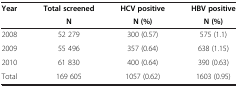
<table><thead><tr><td><b>Year</b></td><td><b>Total screened</b></td><td><b>HCV positive</b></td><td><b>HBV positive</b></td></tr><tr><td><b> </b></td><td><b>N</b></td><td><b>N (%)</b></td><td><b>N (%)</b></td></tr></thead><tbody><tr><td>2008</td><td>52 279</td><td>300 (0.57)</td><td>575 (1.1)</td></tr><tr><td>2009</td><td>55 496</td><td>357 (0.64)</td><td>638 (1.15)</td></tr><tr><td>2010</td><td>61 830</td><td>400 (0.64)</td><td>390 (0.63)</td></tr><tr><td>Total</td><td>169 605</td><td>1057 (0.62)</td><td>1603 (0.95)</td></tr></tbody></table>